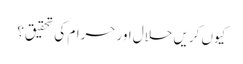
کیوں کریں حلال اور حرام کی تحقیق؟